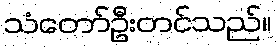
သံတော်ဦးတင်သည်။